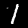
Digit: 1